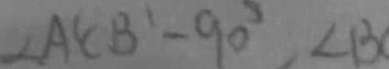
\angle A ^ { \prime } C B ^ { \prime } - 9 0 ^ { \circ } , \angle B C